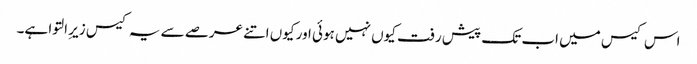
اس کیس میں اب تک پیش رفت کیوں نہیں ہوئی اور کیوں اتنے عرصے سے یہ کیس زیرِ التوا ہے۔